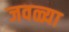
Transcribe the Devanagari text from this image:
जवळ्या